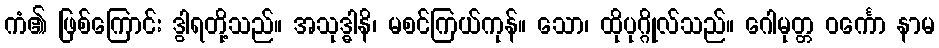
ကံ၏ ဖြစ်ကြောင်း ဒွါရတို့သည်။ အသုဒ္ဓါနိ၊ မစင်ကြယ်ကုန်။ သော၊ ထိုပုဂ္ဂိုလ်သည်။ ဂေါမုတ္တ ဝင်္ကော နာမ